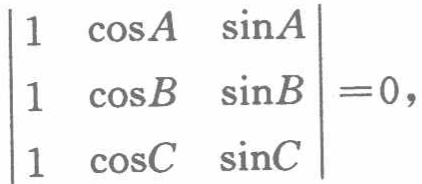
$\begin{vmatrix}
1&\cos A&\sin A\\
1&\cos B&\sin B\\
1&\cos C&\sin C
\end{vmatrix}=0,$